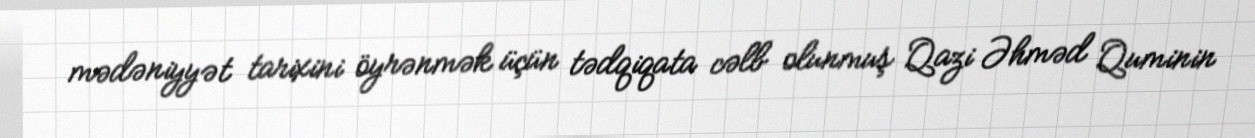
mədəniyyət tarixini öyrənmək üçün tədqiqata cəlb olunmuş Qazi Əhməd Quminin